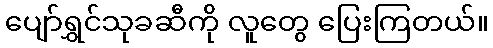
ပျော်ရွှင်သုခဆီကို လူတွေ ပြေးကြတယ်။